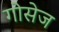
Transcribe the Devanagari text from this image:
गोसेज